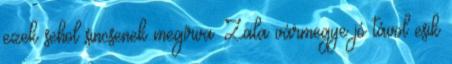
ezek sehol sincsenek megírva. Zala vármegye jó távol esik